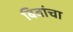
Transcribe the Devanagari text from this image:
बिबांचा